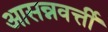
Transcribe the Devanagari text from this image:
आसन्नवर्त्ती